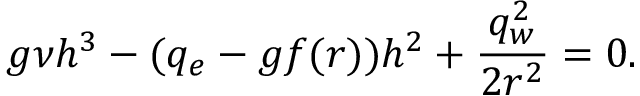
g \nu h ^ { 3 } - ( q _ { e } - g f ( r ) ) h ^ { 2 } + \displaystyle \frac { q _ { w } ^ { 2 } } { 2 r ^ { 2 } } = 0 .